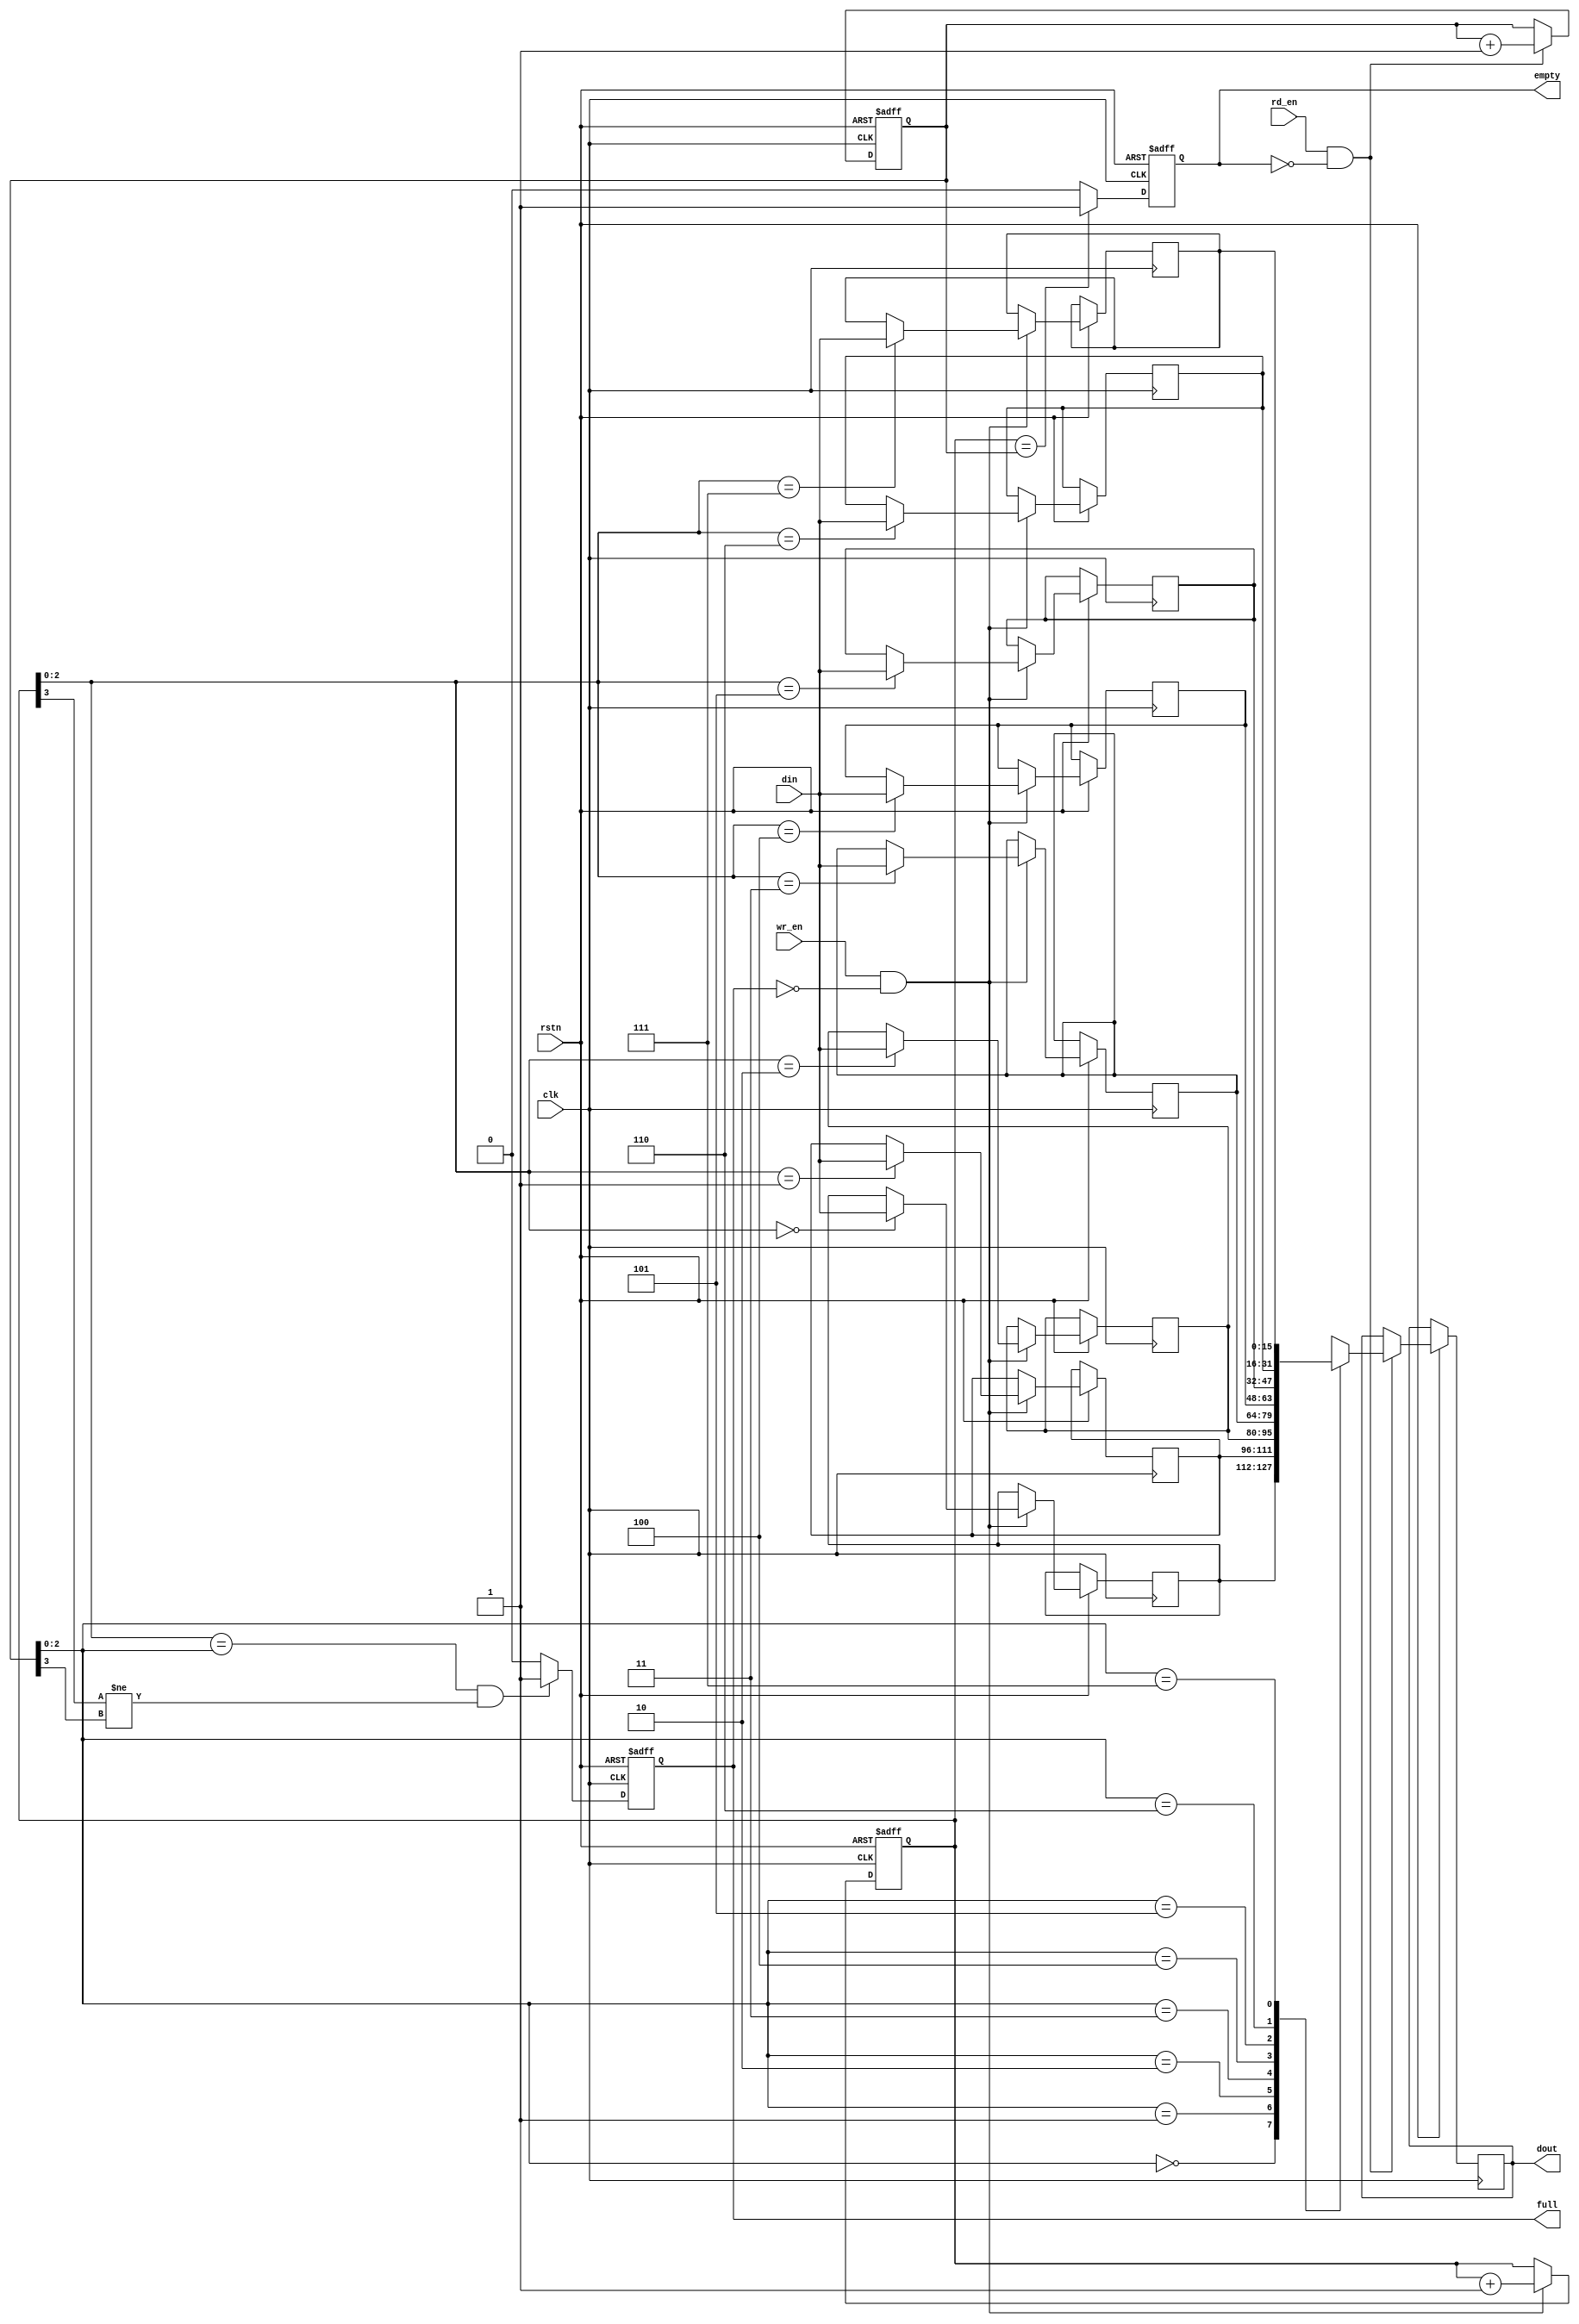
`timescale 1ns / 1ps
//////////////////////////////////////////////////////////////////////////////////
// Company: 
// Engineer: 
// 
// Design Name: 
// Module Name: sync_fifo
// Project Name: 
// Target Devices: 
// Tool Versions: 
// Description: 
// 
// Dependencies: 
// 
// Revision:
// Revision 0.01 - File Created
// Additional Comments:
// 
//////////////////////////////////////////////////////////////////////////////////

module sync_fifo #(parameter DEPTH = 8, DWIDTH = 16)
(
    input rstn,
    input clk,
    input wr_en,
    input rd_en,
    input      [DWIDTH-1:0] din,
    output reg [DWIDTH-1:0] dout,
    output reg full,
    output reg empty
);

    reg [$clog2(DEPTH):0] wptr;
    reg [$clog2(DEPTH):0] rptr;

    reg [DWIDTH-1:0] fifo [DEPTH-1:0];

    always @(posedge clk or negedge rstn) begin
        if (!rstn) begin
            wptr <= 0;
            rptr <= 0;
            full <= 0;
            empty <= 1;
        end else begin
            // Write operation
            if (wr_en && !full) begin
                fifo[wptr[$clog2(DEPTH)-1:0]] <= din;
                wptr <= wptr + 1;
                empty <= 0;
            end

            // Read operation
            if (rd_en && !empty) begin
                dout <= fifo[rptr[$clog2(DEPTH)-1:0]];
                rptr <= rptr + 1;
                full <= 0;
            end

            // Update full flag
            if ((wptr[$clog2(DEPTH)-1:0] == rptr[$clog2(DEPTH)-1:0]) && (wptr[$clog2(DEPTH)] != rptr[$clog2(DEPTH)])) begin
                full <= 1;
            end else begin
                full <= 0;
            end

            // Update empty flag
            if (wptr == rptr) begin
                empty <= 1;
            end else begin
                empty <= 0;
            end
        end
    end

endmodule